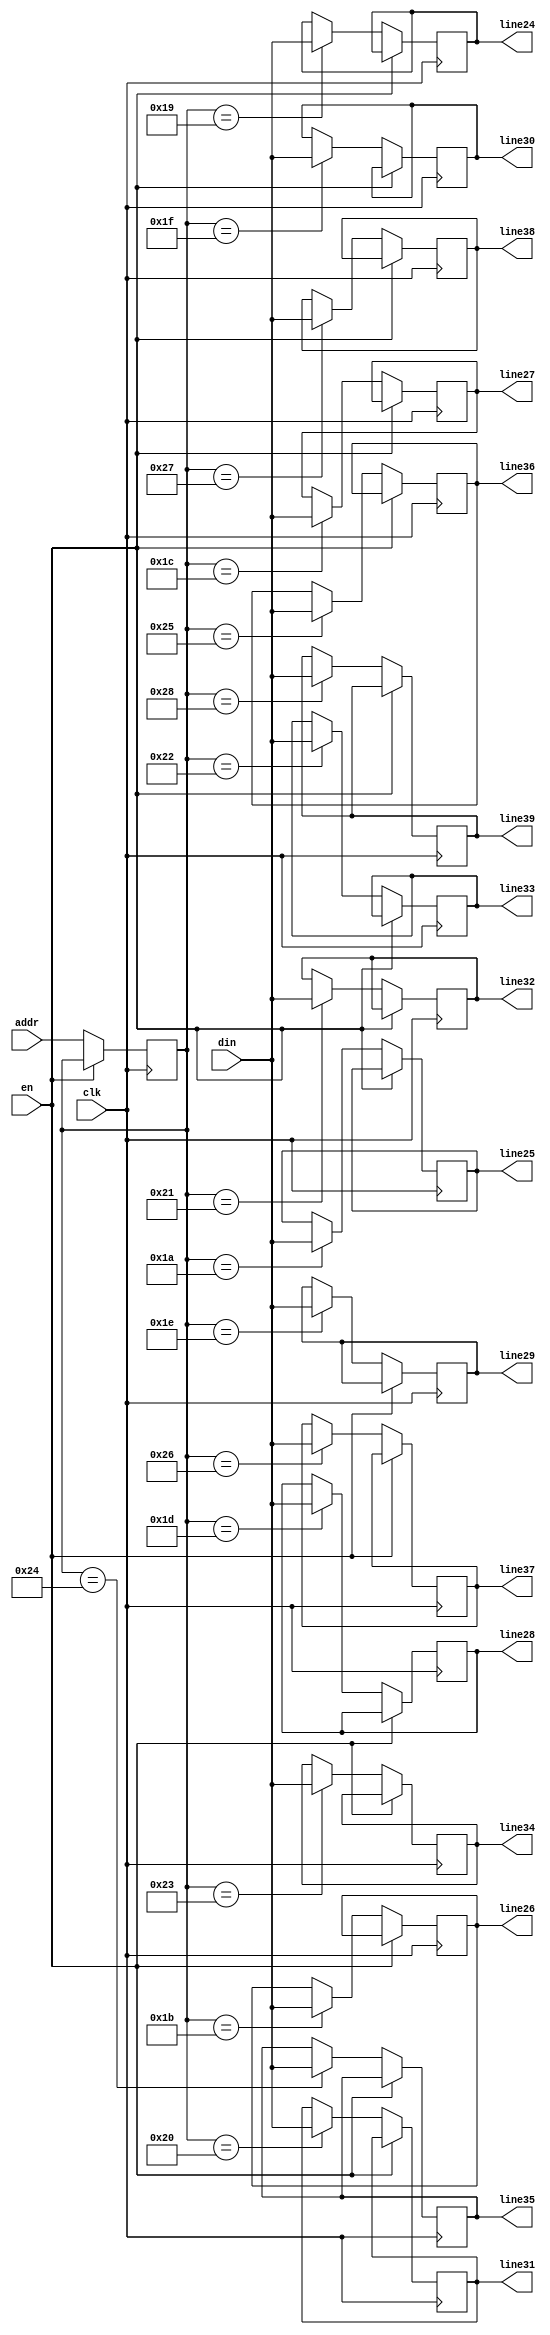
module mux_1to16 (clk, en, addr, din, line24, line25, line26, line27,
		line28, line29, line30, line31, line32, line33,
		line34, line35, line36, line37, line38, line39);
input clk, en;
input signed [31:0] din;	//
input [6:0] addr;		//

//
output signed [31:0] line24, line25, line26, line27, line28, line29,
		line30, line31, line32, line33, line34, line35,
		line36, line37, line38, line39;
reg signed [31:0] line24, line25, line26, line27, line28, line29,
		line30, line31, line32, line33, line34, line35,
		line36, line37, line38, line39, midmem;
reg [6:0] addr_buf0;
always @ (posedge clk)
if (!en) begin addr_buf0<=addr; end
else begin addr_buf0<=addr_buf0; end
always @ (posedge clk)	//16132
if (!en)
begin
	case (addr_buf0)
		6'd25:	line24=din;
		6'd26:	line25=din;
		6'd27:	line26=din;
		6'd28:	line27=din;
		6'd29:	line28=din;
		6'd30:	line29=din;
		6'd31:	line30=din;
		6'd32:	line31=din;
		6'd33:	line32=din;
		6'd34:	line33=din;
		6'd35:	line34=din;
		6'd36:	line35=din;
		6'd37:	line36=din;
		6'd38:	line37=din;
		6'd39:	line38=din;
		6'd40:	line39=din;
		default :	midmem=din;
	endcase
	end
endmodule